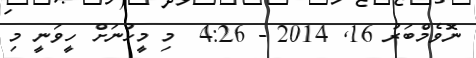
ނޮވެމްބަރު 16